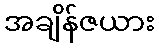
အချိန်ဇယား